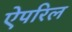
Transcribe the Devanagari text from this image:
ऐपरिल